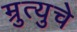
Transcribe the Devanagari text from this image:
म्रुत्युचे